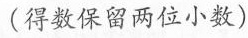
(得数保留两位小数)